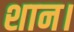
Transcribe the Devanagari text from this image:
शान।